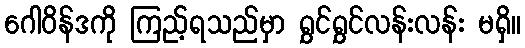
ဂေါဝိန်ဒကို ကြည့်ရသည်မှာ ရွှင်ရွှင်လန်းလန်း မရှိ။